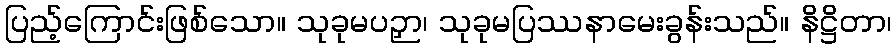
ပြည့်ကြောင်းဖြစ်သော။ သုခုမပဉှာ၊ သုခုမပြဿနာမေးခွန်းသည်။ နိဋ္ဌိတာ၊